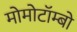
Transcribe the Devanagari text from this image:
मोमोटॉम्बो